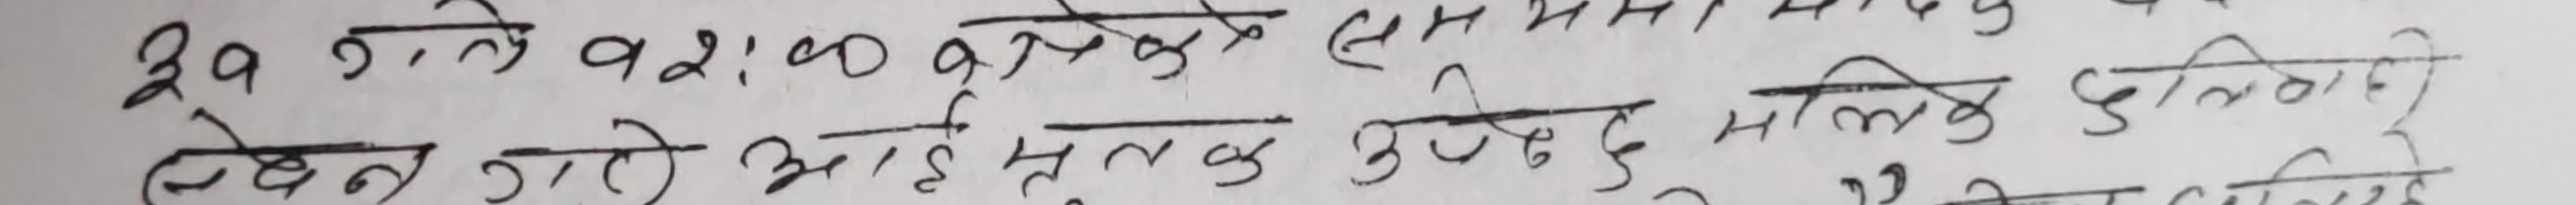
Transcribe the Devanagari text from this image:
२९ गते व २:०० बजेको समयामा भई सक्यो।
लेखन गरो भाई मुलुक उजुर छ मलिक दुलारी ले पनि लेखिन्छ।